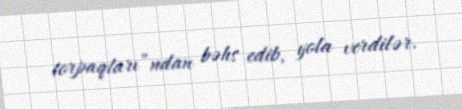
torpaqları”ndan bəhs edib, yola verdilər.